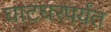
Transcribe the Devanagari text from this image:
घाटघरपर्यंत